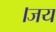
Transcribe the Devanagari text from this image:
।जय